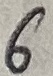
Text: 6